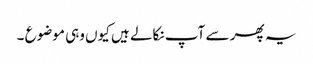
یہ پھر سے آپ نکالے ہیں کیوں وہی موضوع ۔